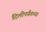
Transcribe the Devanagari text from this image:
दिलीपर्यंतच्या